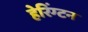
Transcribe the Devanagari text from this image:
हेरिंग्टन